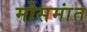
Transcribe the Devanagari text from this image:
मोसमांत